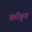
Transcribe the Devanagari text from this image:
कॉङ्‌ग